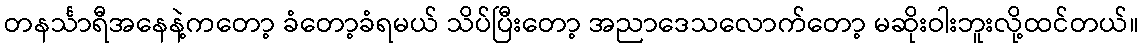
တနင်္သာရီအနေနဲ့ကတော့ ခံတော့ခံရမယ် သိပ်ပြီးတော့ အညာဒေသလောက်တော့ မဆိုးဝါးဘူးလို့ထင်တယ်။